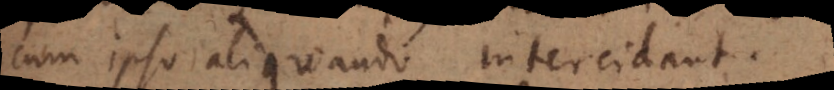
cum ipso aliquando intercidant.